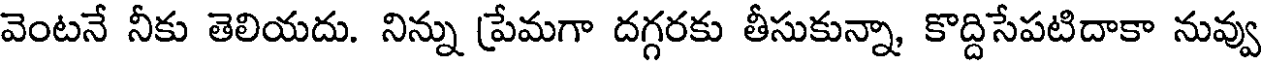
వెంటనే నీకు తెలియదు. నిన్ను ప్రేమగా దగ్గరకు తీసుకున్నా, కొద్దిసేపటిదాకా నువ్వు